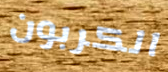
الكربون